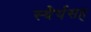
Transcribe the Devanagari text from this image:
स्थैर्यसह